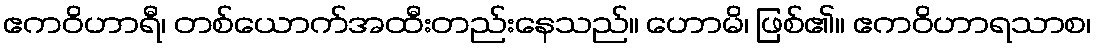
ဧကဝိဟာရီ၊ တစ်ယောက်အထီးတည်းနေသည်။ ဟောမိ၊ ဖြစ်၏။ ဧကဝိဟာရသာစ၊